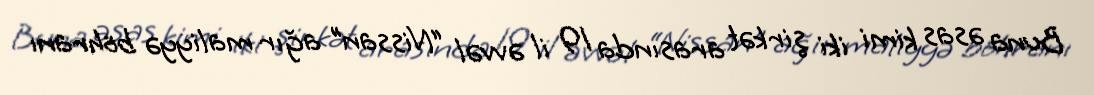
Buna əsas kimi iki şirkət arasında 19 il əvvəl “Nissan” ağır maliyyə böhranı